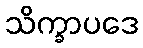
သိက္ခာပဒေ